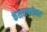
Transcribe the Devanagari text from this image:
केसराबरोबर